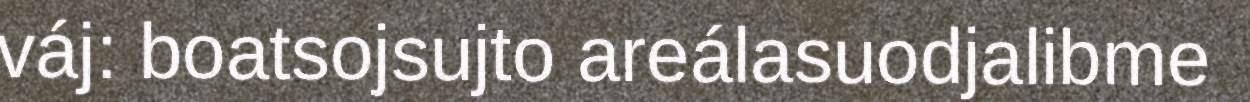
váj: boatsojsujto areálasuodjalibme